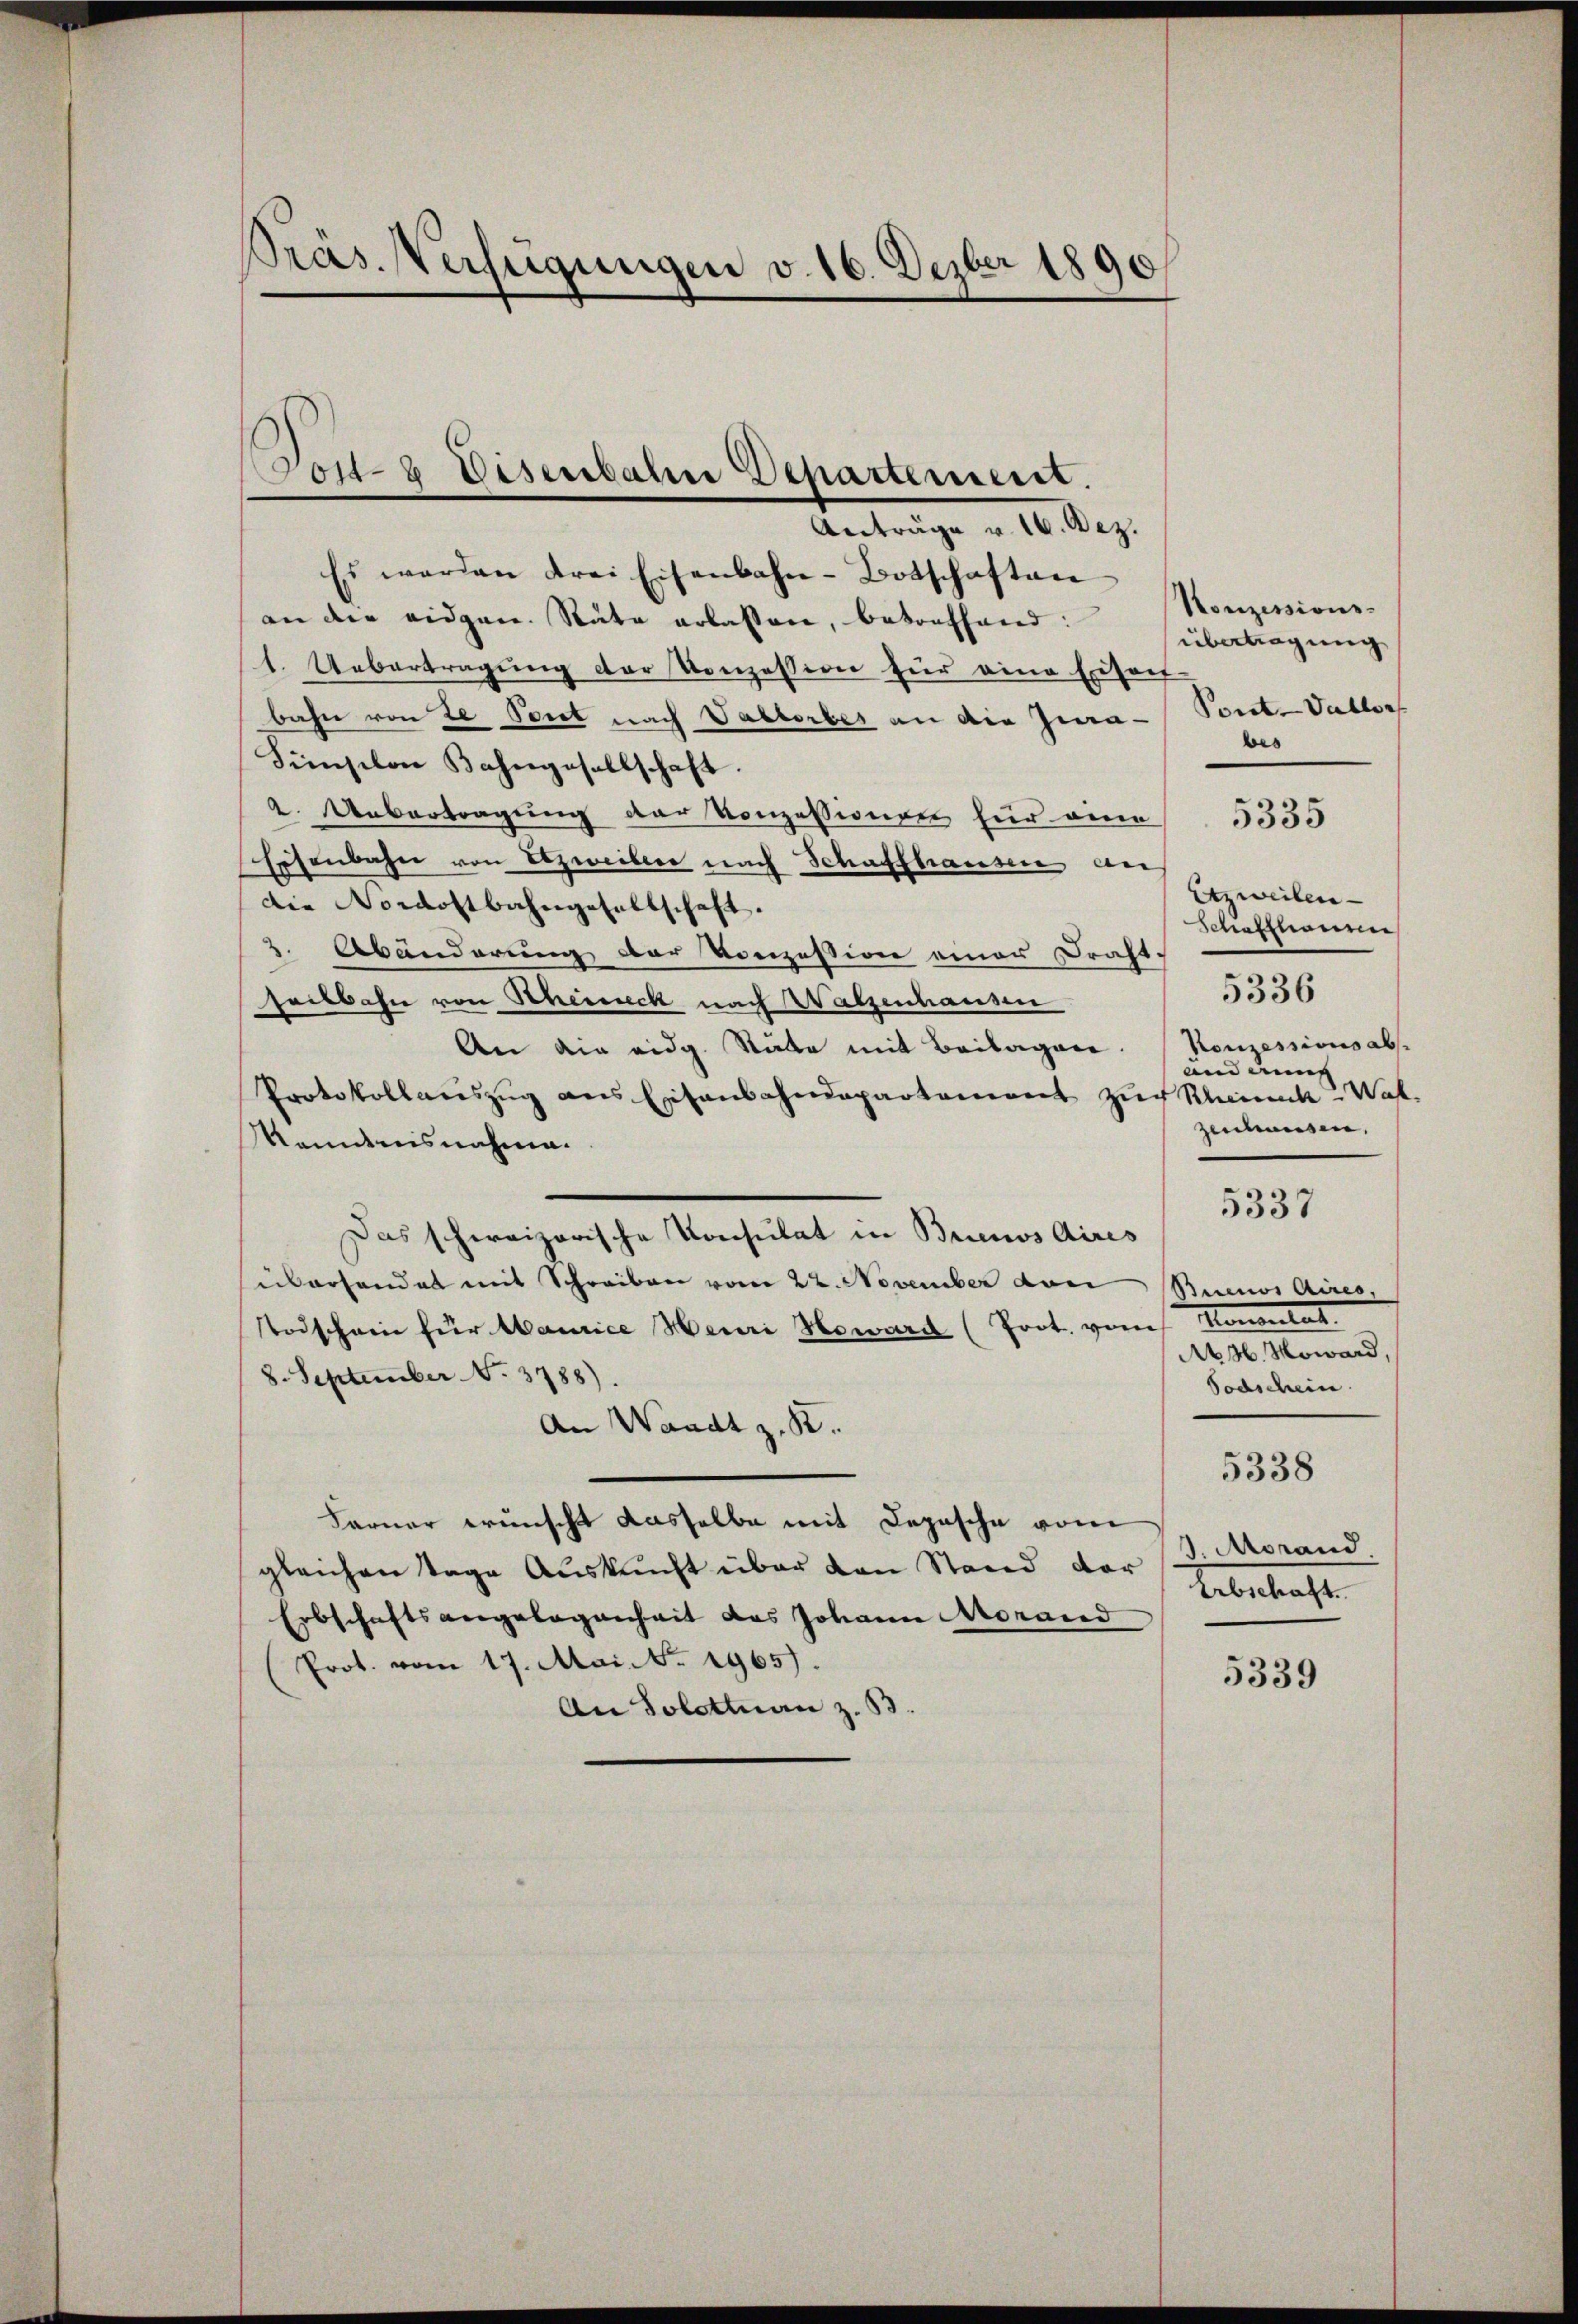
Präs. Verfügungen v. 16. Dezber 1890

oil-8 Disenbahn Departement.

Anträge v. 16. Dez.
Es werden drei Eisenbahn-Botschaften
an der eidgen. Räte erlassen, betreffend:
1. Uebertragung der Konzession hier eine Eisen
bahn von de Port nach Vahlorber an die Gna¬
Fünsion Bahngesellschaft.
2. Uebertragung der Konzessionen für eine 5355
Eisenbahn von Erzweiben nach Schaffhausen an
die ordostbahngesellschaft.
3. Abänderung der Konzession einer Draht-
heitbahn von Scheineck nach Walzenhausen
An die eidg. Stube mit Beilagen. Konzessionsabs
Protokollariszŭg ans Eisenbahndepartement zur Rheink? Wat.
Renntnisnahme.
Das schweizerische Konsulat in Buenos Aires
überhandet mit Schreiben vom 22. November von Buenos Aires,
Todschein für Maurice Heuri Heward (Prot. vom Konsulat
8. September No. 3788)
An Waadt z. B.
Farner wünscht dasselbe mit Depesche vom
gleichen Tage Auskunft über den Stand der
Erbschaftsangelegenheit des Johann Monand
Prot. vom 17. Mai. No. 1965).
An Solottan z. B.

Konzessionsübertragung
Porst-Vallor
bes

Atzweilen
Schiefzhaurie
and eing
zeichausen.

5336

5337

A 36. Moward,
Todschein
5338
J. Morand
Aebertragt

5339